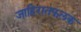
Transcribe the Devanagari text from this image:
जाहिरातफलक